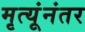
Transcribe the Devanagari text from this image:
मृत्यूंनंतर